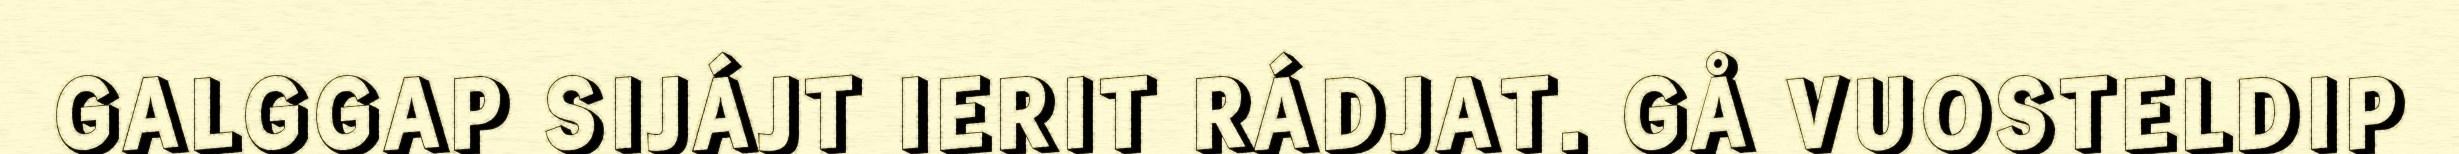
GALGGAP SIJÁJT IERIT RÁDJAT. GÅ VUOSTELDIP